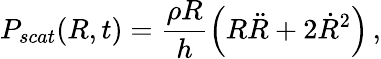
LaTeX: P_{scat}(R,t)=\frac{\rho R}{h}\left(R\ddot{R}+2\dot{R}^{2}\right)\, ,